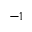
- 1